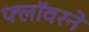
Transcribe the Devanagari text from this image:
फ्लॉवरने